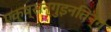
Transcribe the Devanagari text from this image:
एक्ष्सन्गुइनतिन्ग